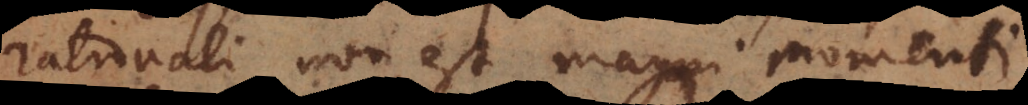
rationali non est magni momenti.